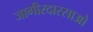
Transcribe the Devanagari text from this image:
जागीरदारसाओ